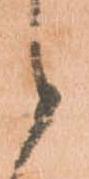
候